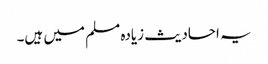
یہ احادیث زیادہ مسلم میں ہیں۔